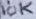
Text: 10K